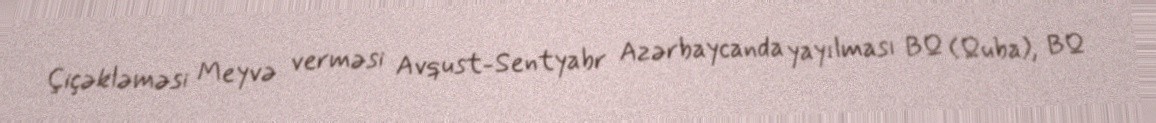
Çiçəkləməsi Meyvə verməsi Avqust-Sentyabr Azərbaycanda yayılması BQ (Quba), BQ